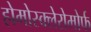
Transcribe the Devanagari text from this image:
होमोस्क्लेरोमोर्फ